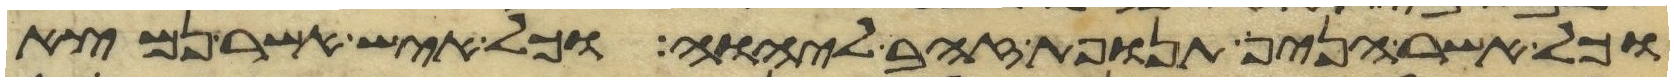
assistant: וכל אשר הניף תנופת זהב ליהוה וכל איש אשר נמצא